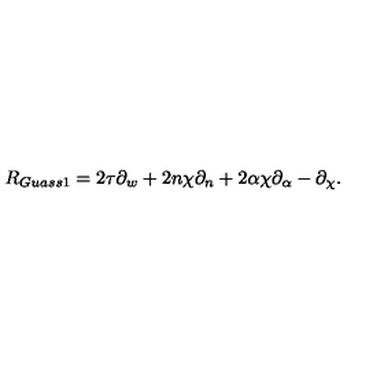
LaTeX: R _ { G u a s s 1 } = 2 \tau \partial _ { w } + 2 n \chi \partial _ { n } + 2 \alpha \chi \partial _ { \alpha } - \partial _ { \chi } .